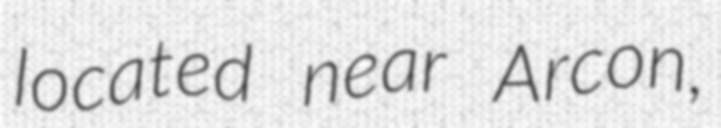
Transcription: located near Arcon,